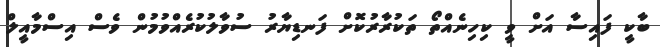
ބާކީ ފައިސާ އަށް ވީ ކިހިނެއްތޯ ތަކުރާރުކޮށް ފަނޑިޔާރު ސުވާލުކުރެއްވުމުން ވެސް އިސްމާއީލް